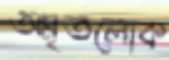
অমৃতলোক